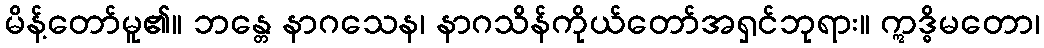
မိန့်တော်မူ၏။ ဘန္တေ နာဂသေန၊ နာဂသိန်ကိုယ်တော်အရှင်ဘုရား။ ဣဒ္ဓိမတော၊